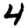
Digit: 4